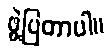
ဖွဲ့ပြတာပါ။